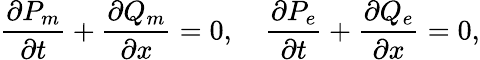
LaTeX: \frac{\partial P_{m}}{\partial t}+\frac{\partial Q_{m}}{\partial x}=0,\quad\frac{\partial P_{e}}{\partial t}+\frac{\partial Q_{e}}{\partial x}=0,